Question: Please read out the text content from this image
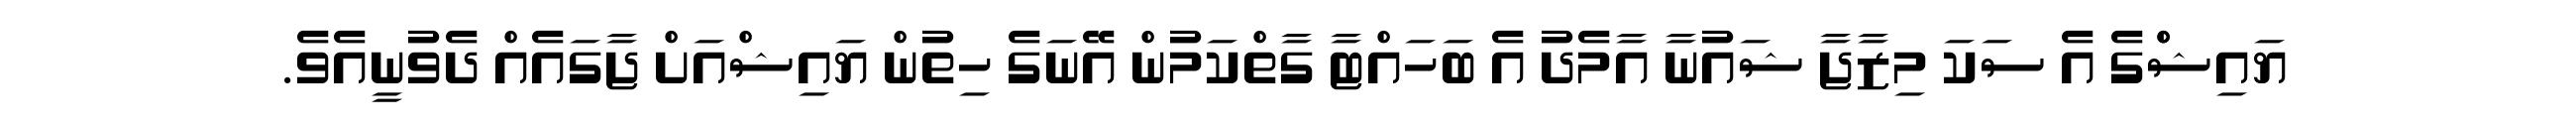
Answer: ޔައިޝްްގެ އެ ސަކަ މިޒާޖާ ޝައުނާ އާމެދު އެ ބަހައްޓާ ގާތްކަމުން އޭނަގެ ހިތުން ޔައިޝްއަށް ޖާގައެއް ދެވުނީއެވެ.